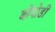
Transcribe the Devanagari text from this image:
बोपोडी